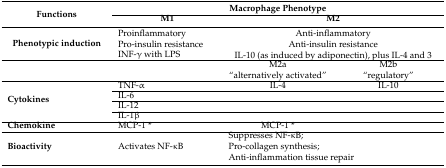
| <ROWSPAN=2> Functions | <COLSPAN=3> Macrophage Phenotype |
 | M1 | <COLSPAN=2> M2 |
 | --- | --- | --- | --- |
 | <ROWSPAN=3> Phenotypic induction | Proinflammatory | <ROWSPAN=3-COLSPAN=2> Anti-inflammatory Anti-insulin resistance IL-10 (as induced by adiponectin), plus IL-4 and 3 |
 | Pro-insulin resistance |
 | INF-γ with LPS |
 |  |  | M2a “alternatively activated” | M2b “regulatory” |
 | <ROWSPAN=4> Cytokines | TNF-α | IL-4 | IL-10 |
 | IL-6 |  |  |
 | IL-12 |  |  |
 | IL-1β |  |  |
 | Chemokine | MCP-1 * | MCP-1 * |  |
 | Bioactivity | Activates NF-κB | <COLSPAN=2> Suppresses NF-κB; Pro-collagen synthesis; Anti-inflammation tissue repair |